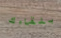
بلقاءك